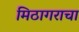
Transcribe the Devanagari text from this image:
मिठागराचा